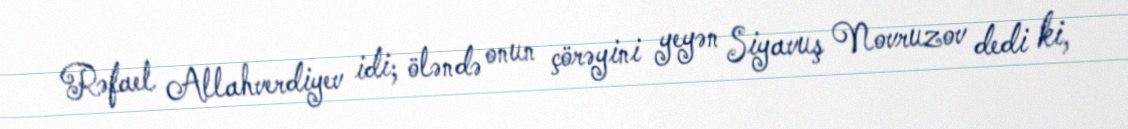
Rəfael Allahverdiyev idi; öləndə onun çörəyini yeyən Siyavuş Novruzov dedi ki,